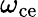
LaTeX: \omega_{\mathrm{ce}}